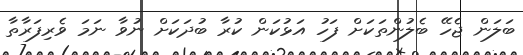
ބަލަން ޖެހޭ ބެލުންތަކަށް ފަހު އަޅުކަން ކުރާ ބުދަކަށް ނުވާ ނަމަ ވެރިފަރާތާ